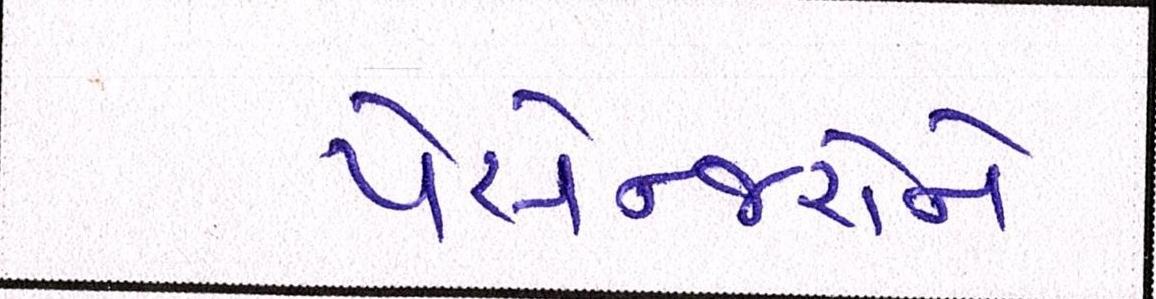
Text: પેસેન્જરોને